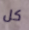
كل